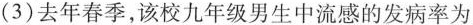
(3)去年春季，该校九年级男生中流感的发病率为___。